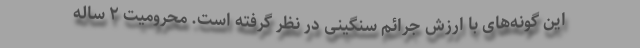
این گونه‌های با ارزش جرائم سنگینی در نظر گرفته است. محرومیت ۲ ساله